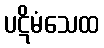
ပဋိမံသေထ